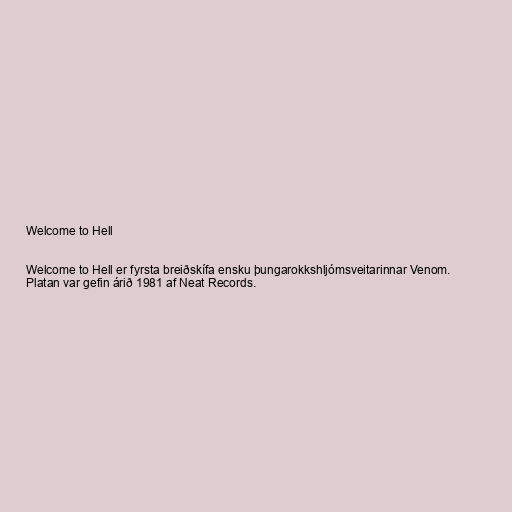
Welcome to Hell

Welcome to Hell er fyrsta breiðskífa ensku þungarokkshljómsveitarinnar Venom.
Platan var gefin árið 1981 af Neat Records.